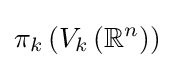
\pi _{k}\left(V_{k}\left(\mathbb {R} ^{n}\right)\right)